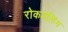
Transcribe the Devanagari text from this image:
रोकडलिंग